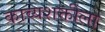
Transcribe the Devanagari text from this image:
काव्यशक्तीला